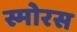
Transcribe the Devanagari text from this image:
स्मोरस